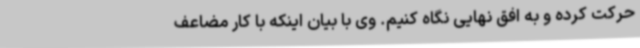
حرکت کرده و به افق نهایی نگاه کنیم. وی با بیان اینکه با کار مضاعف